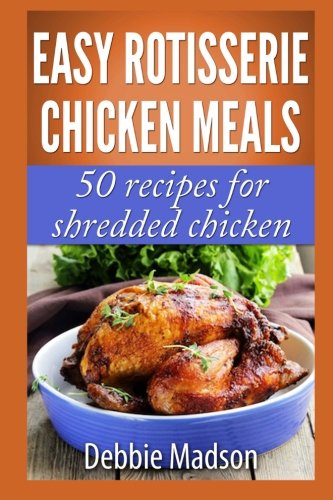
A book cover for Easy Rotisserie Chicken Meals: 50 recipes for shredded chicken (Family Cooking Series); Debbie Madson; Cookbooks, Food & Wine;